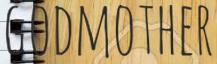
GODMOTHER